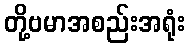
တို့ဗမာအစည်းအရုံး